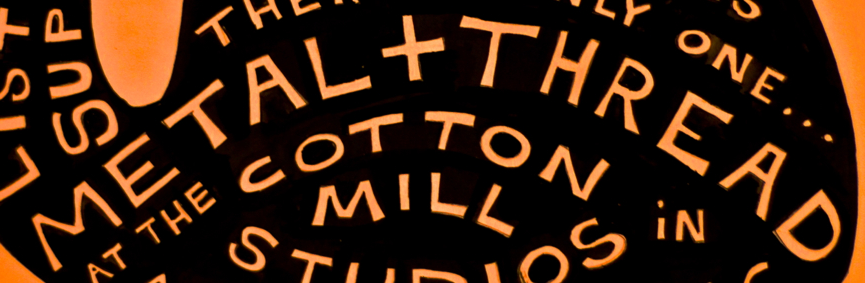
METAL+THREAD